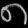
Digit: ၈